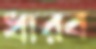
ধারব